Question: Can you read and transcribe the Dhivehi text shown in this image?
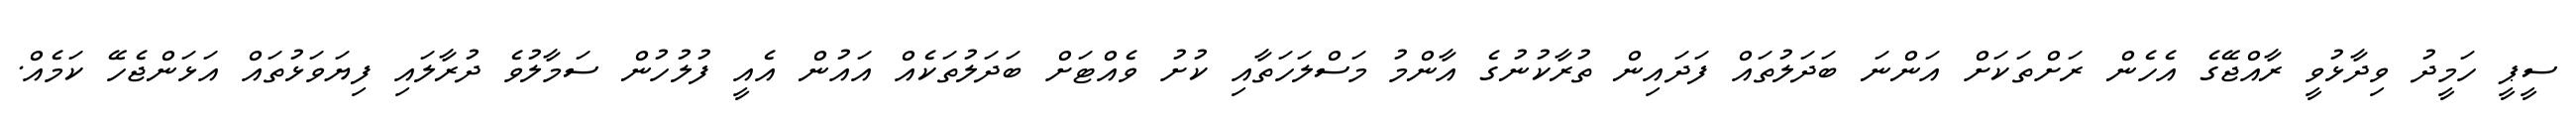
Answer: ސީޕީ ހަމީދު ވިދާޅުވީ ރާއްޖޭގެ އެހެން ރަށްތަކަށް އަންނަ ބަދަލުތައް ފަދައިން ތުރާކުނުގެ އާންމު މަސްލަހަތާއި ކުށު ވެއްޓަށް ބަދަލުތަކެއް އައުން އެއީ ފުލުހުން ސަމާލުވެ ދުރާލައި ފިޔަވަޅުތައް އަޅަންޖެހޭ ކަމެއް.